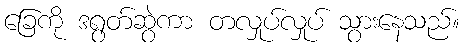
ခြေကို ဒရွတ်ဆွဲကာ တလှုပ်လှုပ် သွားနေသည်။